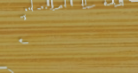
مطعم البستان يقدم أشهى ال